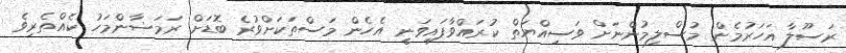
ރަސޫލާ އަހަރުމެން މުސްލިމުންނަށް ވަސިއްޔަތް ކުރައްވާފައިވަނީ އެހެން މަސްތަކަށްވުރެ ބޮޑަށް ރަމަޟާންމަހު ކެއްތެރިވެ